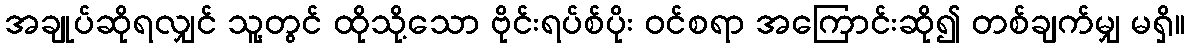
အချုပ်ဆိုရလျှင် သူ့တွင် ထိုသို့သော ဗိုင်းရပ်စ်ပိုး ဝင်စရာ အကြောင်းဆို၍ တစ်ချက်မျှ မရှိ။